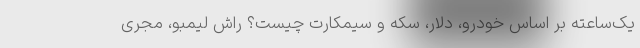
یک‌ساعته بر اساس خودرو، دلار، سکه و سیمکارت چیست؟ راش لیمبو، مجری